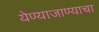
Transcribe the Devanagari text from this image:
येण्याजाण्याचा